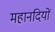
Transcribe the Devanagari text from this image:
महानदियों